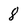
Character: 8